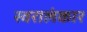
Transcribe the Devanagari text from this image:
स्वरालंकार